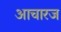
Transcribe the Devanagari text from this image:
आचारज